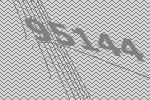
95144